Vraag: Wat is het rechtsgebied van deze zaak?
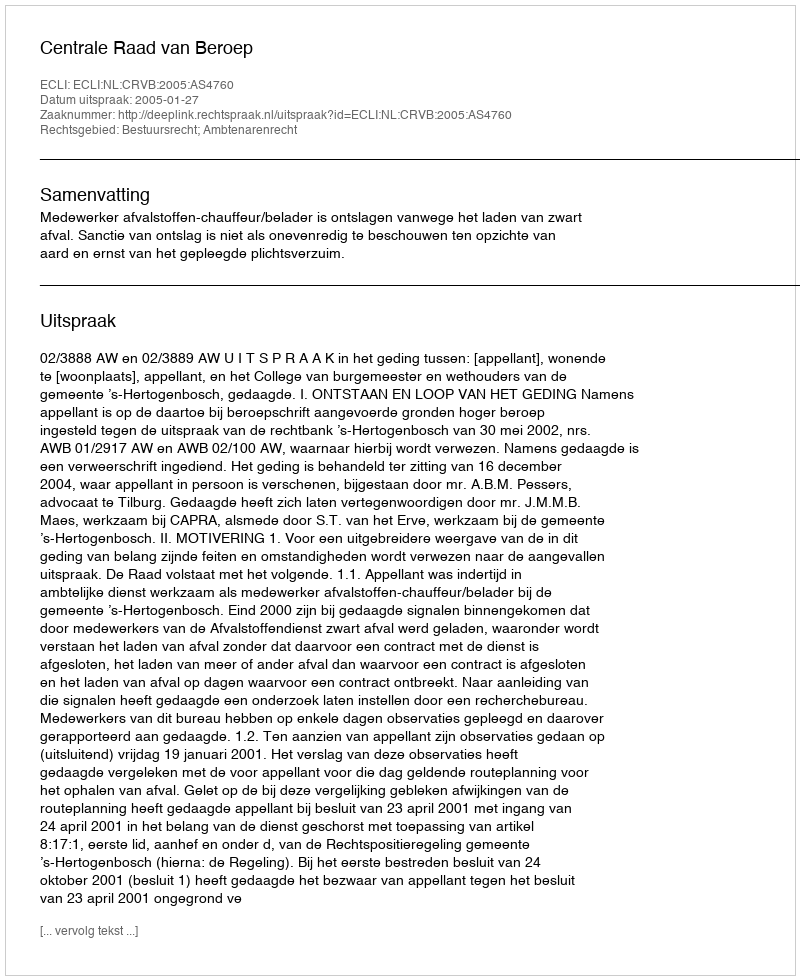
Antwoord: Bestuursrecht; Ambtenarenrecht